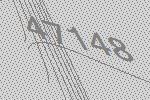
47148